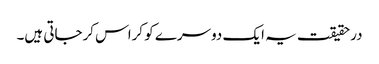
درحقیقت یہ ایک دوسرے کو کراس کرجاتی ہیں۔